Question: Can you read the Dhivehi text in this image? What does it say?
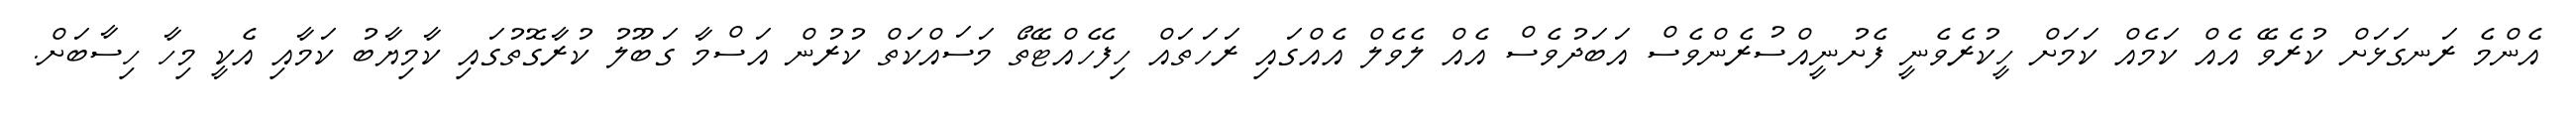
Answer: އެންމެ ރަނގަޅަށް ކުރެވޭ އެއް ކަމެއް ކަމަށް ހީކުރެވެނީ ފެށުނީއްސުރެންވެސް އަބަދުވެސް އެއް ލެވެލް އެއްގައި ރަހަތައް ހިފެހެއްޓޭތޯ މަސައްކަތް ކުރުން އަސްމާ ގަބޫލު ކުރާގޮތުގައި ކާމިޔާބު ކަމާއި އެކީ މިހާ ހިސާބަށް.